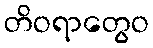
တိဝရာတွေဝ